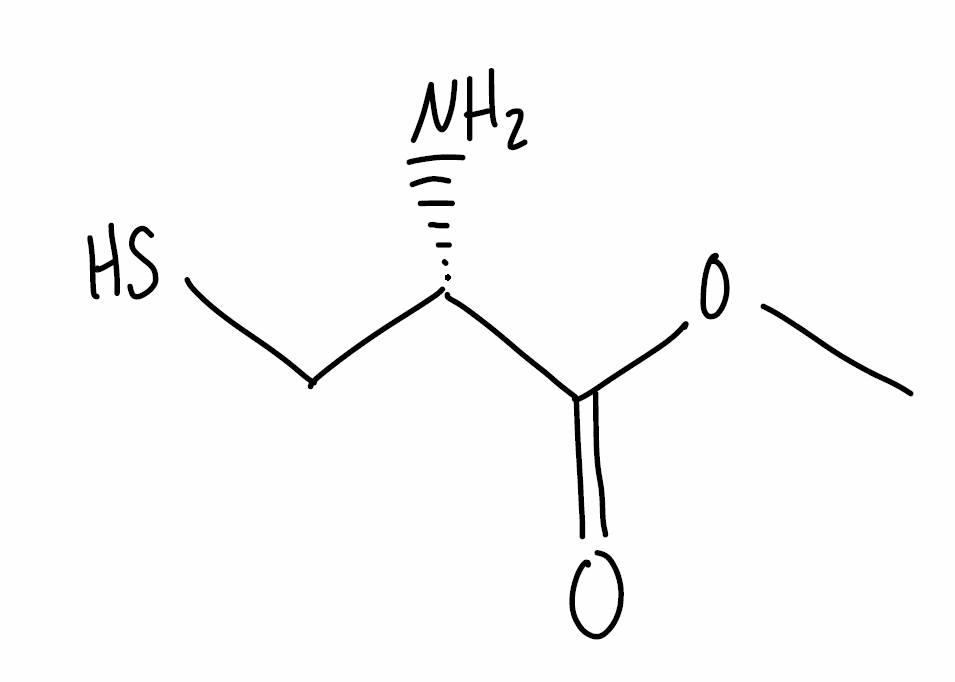
Simplified molecular-input line-entry system (SMILES) notation of the given molecule:
COC(=O)[C@H](CS)N